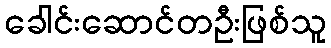
ခေါင်းဆောင်တဦးဖြစ်သူ